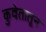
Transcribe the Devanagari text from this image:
कुवेतातून